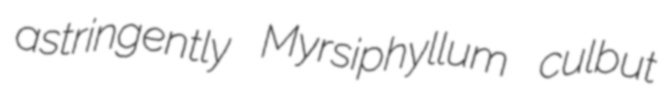
astringently Myrsiphyllum culbut